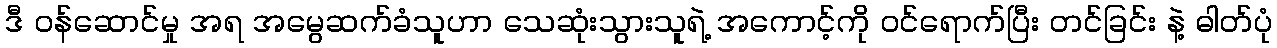
ဒီ ဝန်ဆောင်မှု အရ အမွေဆက်ခံသူဟာ သေဆုံးသွားသူရဲ့ အကောင့်ကို ဝင်ရောက်ပြီး တင်ခြင်း နဲ့ ဓါတ်ပုံ